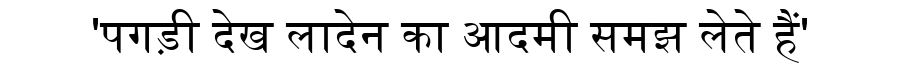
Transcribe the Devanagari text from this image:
'पगड़ी देख लादेन का आदमी समझ लेते हैं'